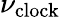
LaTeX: \nu_{\mathrm{clock}}